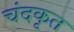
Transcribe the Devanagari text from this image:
चंदकृत